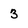
Character: 3